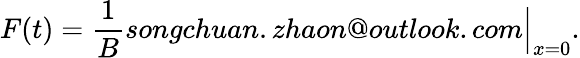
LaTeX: F(t)=\frac 1Bsongchuan.zhaon@outlook.com\Big\vert_{x=0}.